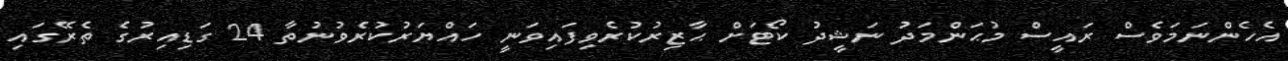
އެހެންނަމަވެސް ރައީސް މުޙަންމަދު ނަޝީދު ކޯޓަށް ޙާޒިރުކުރެވިފައިވަނީ ހައްޔަރުކުރެވުނުތާ 24 ގަޑިއިރުގެ ތެރޭގައި